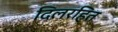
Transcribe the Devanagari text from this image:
दिलरहित